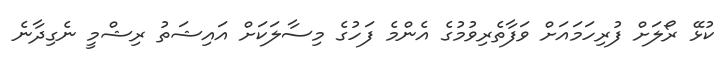
ކުޅޭ ރޯލަށް ފުރިހަމައަށް ވަފާތެރިވުމުގެ އެންމެ ފަހުގެ މިސާލަކަށް އައިޝަތު ރިޝްމީ ނެގިދާނެ